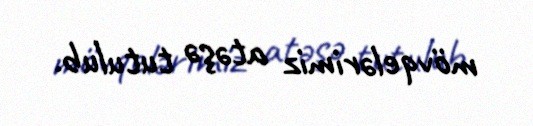
mövqelərimiz atəşə tutulub.